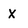
Character: X